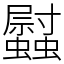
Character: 𧕈